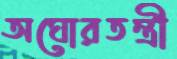
অঘোরতন্ত্রী